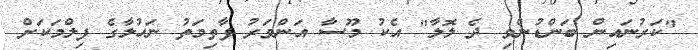
"ކަރުނައިން ބަންޑުންވި ދެ ލޮލާ" އެކު މޫސާ އަންވަރު ފާތިމަތު ނަހުލާގެ ފިލްމަކަށް